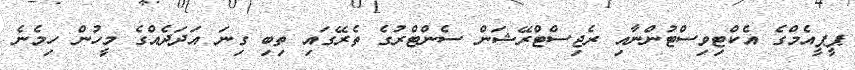
ޕީޕީއެމްގެ އެކްޓިވިސްޓުންނާއި ރެޖިސްޓްރޭޝަން ސެންޓްރުގެ ތެރޭގައި ތިބި ގިނަ އަދަދެއްގެ މީހުން ހިމެނެ